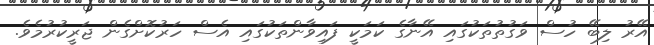
އޭރު ލިބޭ ހުސް ވަގުތުތަކުގައި އޭނާގެ ކަމަކީ ފައިވާންތަކުގައި އެސް ހަރުކޮށްގެން ޖަރީކުރުމެވެ.